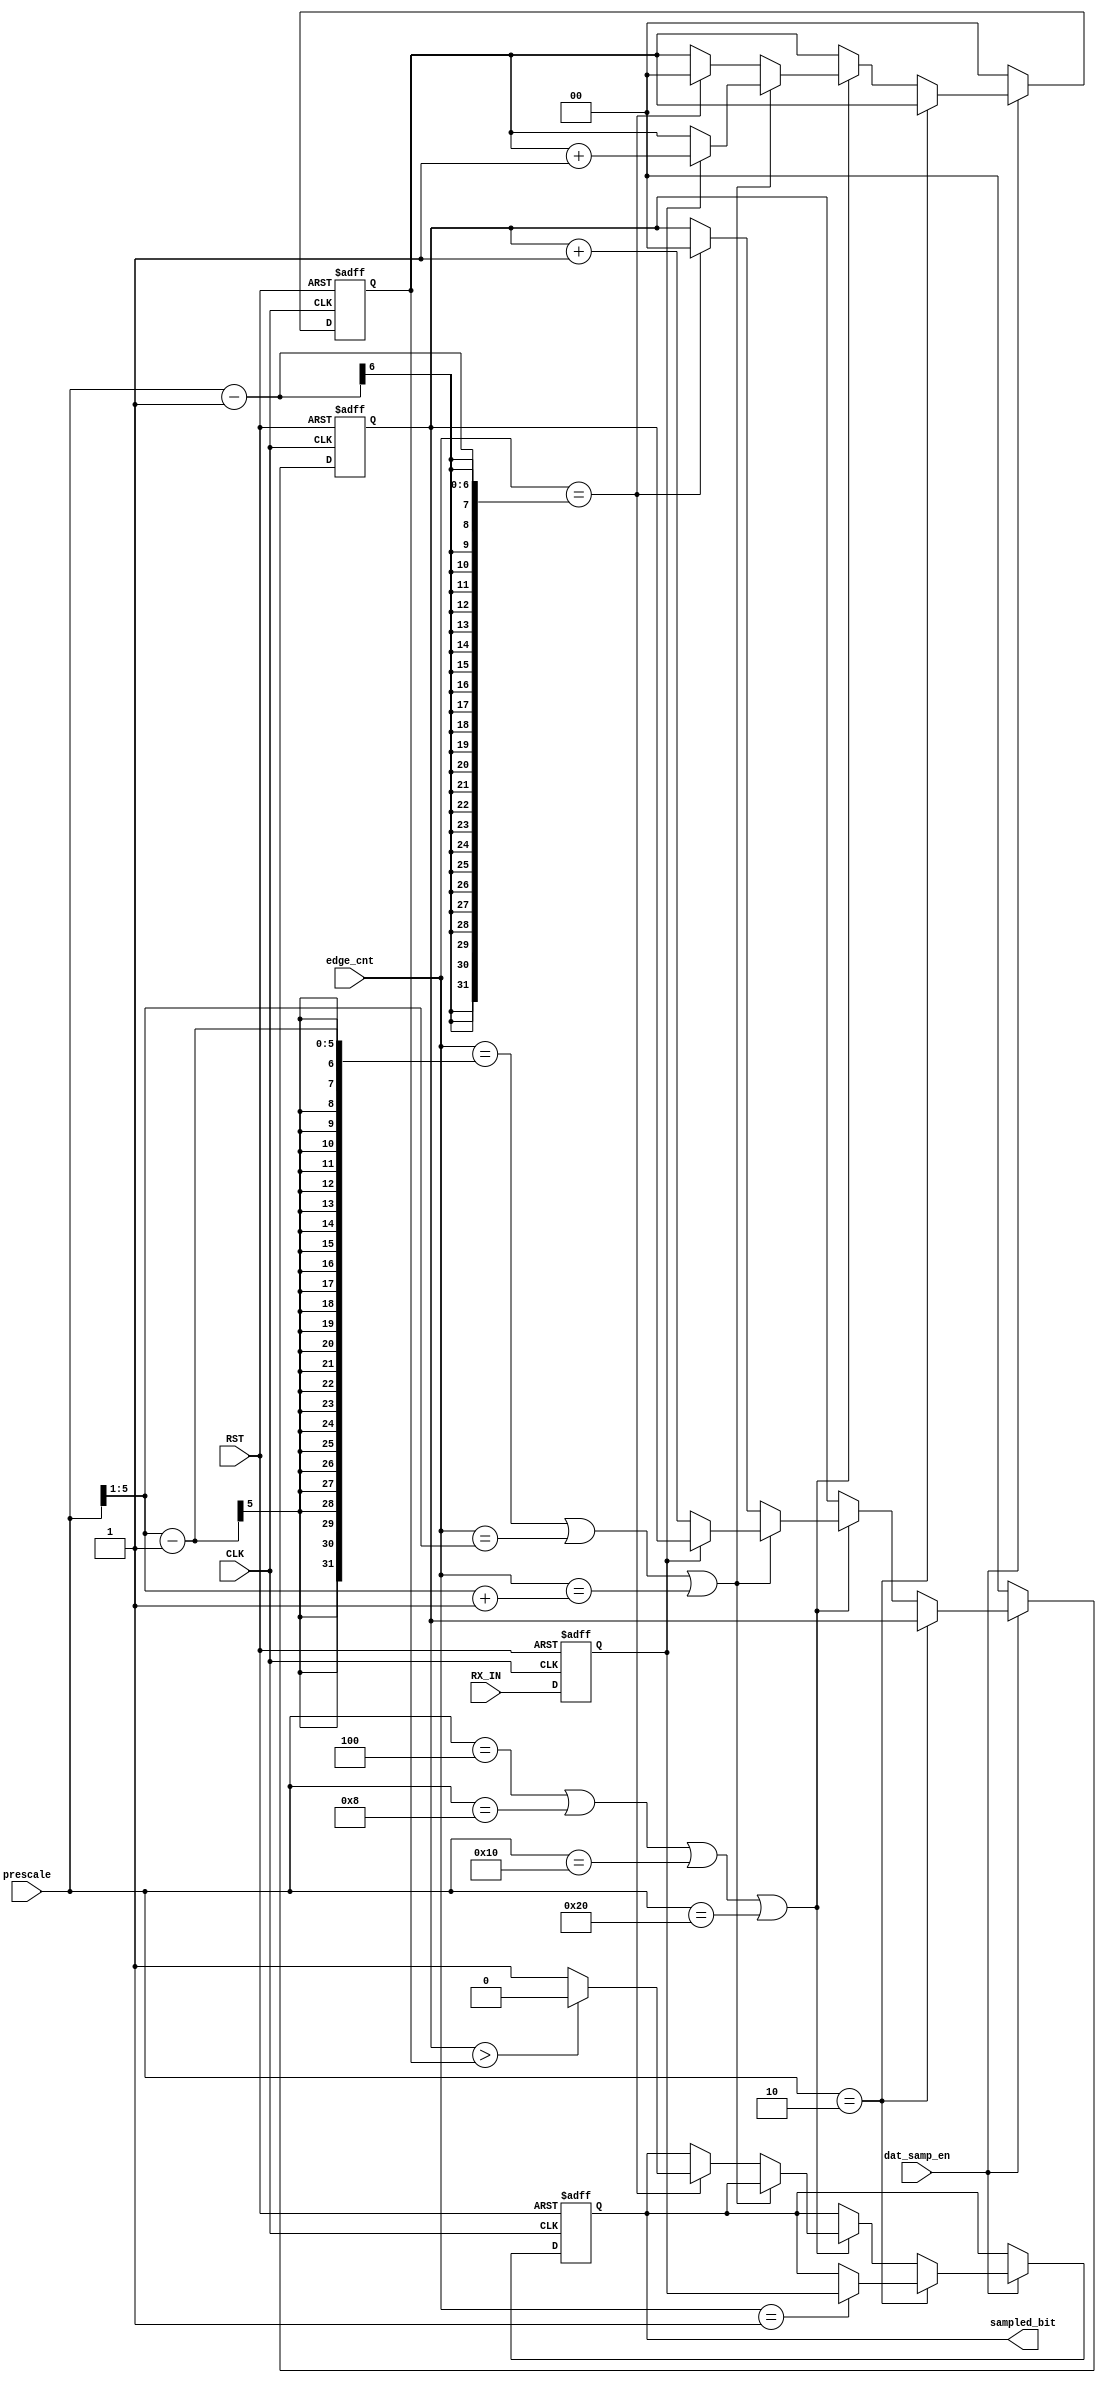
module DATA_SAMPLING  #(parameter data_width=8) (

input 					 RX_IN,
input [5:0]		   	   prescale,
input 				   dat_samp_en,CLK,RST,
input [5:0]			    edge_cnt,
output reg					sampled_bit


);
reg [1:0] 		 ZERO_Count,One_CONUT;
reg				 RX_IN_FF;
wire[4:0]	 middle_prescale;

assign middle_prescale=prescale>>1;



always @(posedge CLK or negedge RST)
begin 
	if(!RST)
	begin
		sampled_bit	<=0;
		ZERO_Count<=0;
		One_CONUT<=0;

	end
	else
	begin
	if(dat_samp_en)
	begin
		
		if(prescale==2)
		begin
			if(edge_cnt==1)		
			begin
				sampled_bit<=RX_IN_FF;
			end
		end
		else if(prescale==4 ||prescale==8 || prescale==16 || prescale==32)
		begin
			if(edge_cnt==middle_prescale-1 || edge_cnt==middle_prescale || 
			edge_cnt==middle_prescale+1 )
			begin
				if(RX_IN_FF==0)
					ZERO_Count<=ZERO_Count+1;
				else
					One_CONUT<=One_CONUT+1;
			end
			else 
			begin
				if(edge_cnt==prescale-1)///take decision early
				begin
					if(ZERO_Count>One_CONUT)
						sampled_bit<=0;
					else
						sampled_bit<=1;
				ZERO_Count<=0;
				One_CONUT<=0;
				
				end
	
	
			end
		
		end
	end
	else
	begin
		ZERO_Count<=0;
		One_CONUT<=0;
	
	end
	end












end

always @(posedge CLK or negedge RST)
begin

if(!RST)
RX_IN_FF<=0;
else
RX_IN_FF<=RX_IN;

end






endmodule